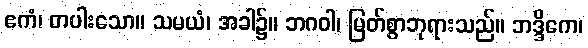
ဧကံ၊ တပါးသော။ သမယံ၊ အခါ၌။ ဘဂဝါ၊ မြတ်စွာဘုရားသည်။ ဘဒ္ဒိကေ၊